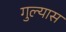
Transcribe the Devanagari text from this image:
गुल्यास